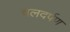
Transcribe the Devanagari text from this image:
चलदर्पण